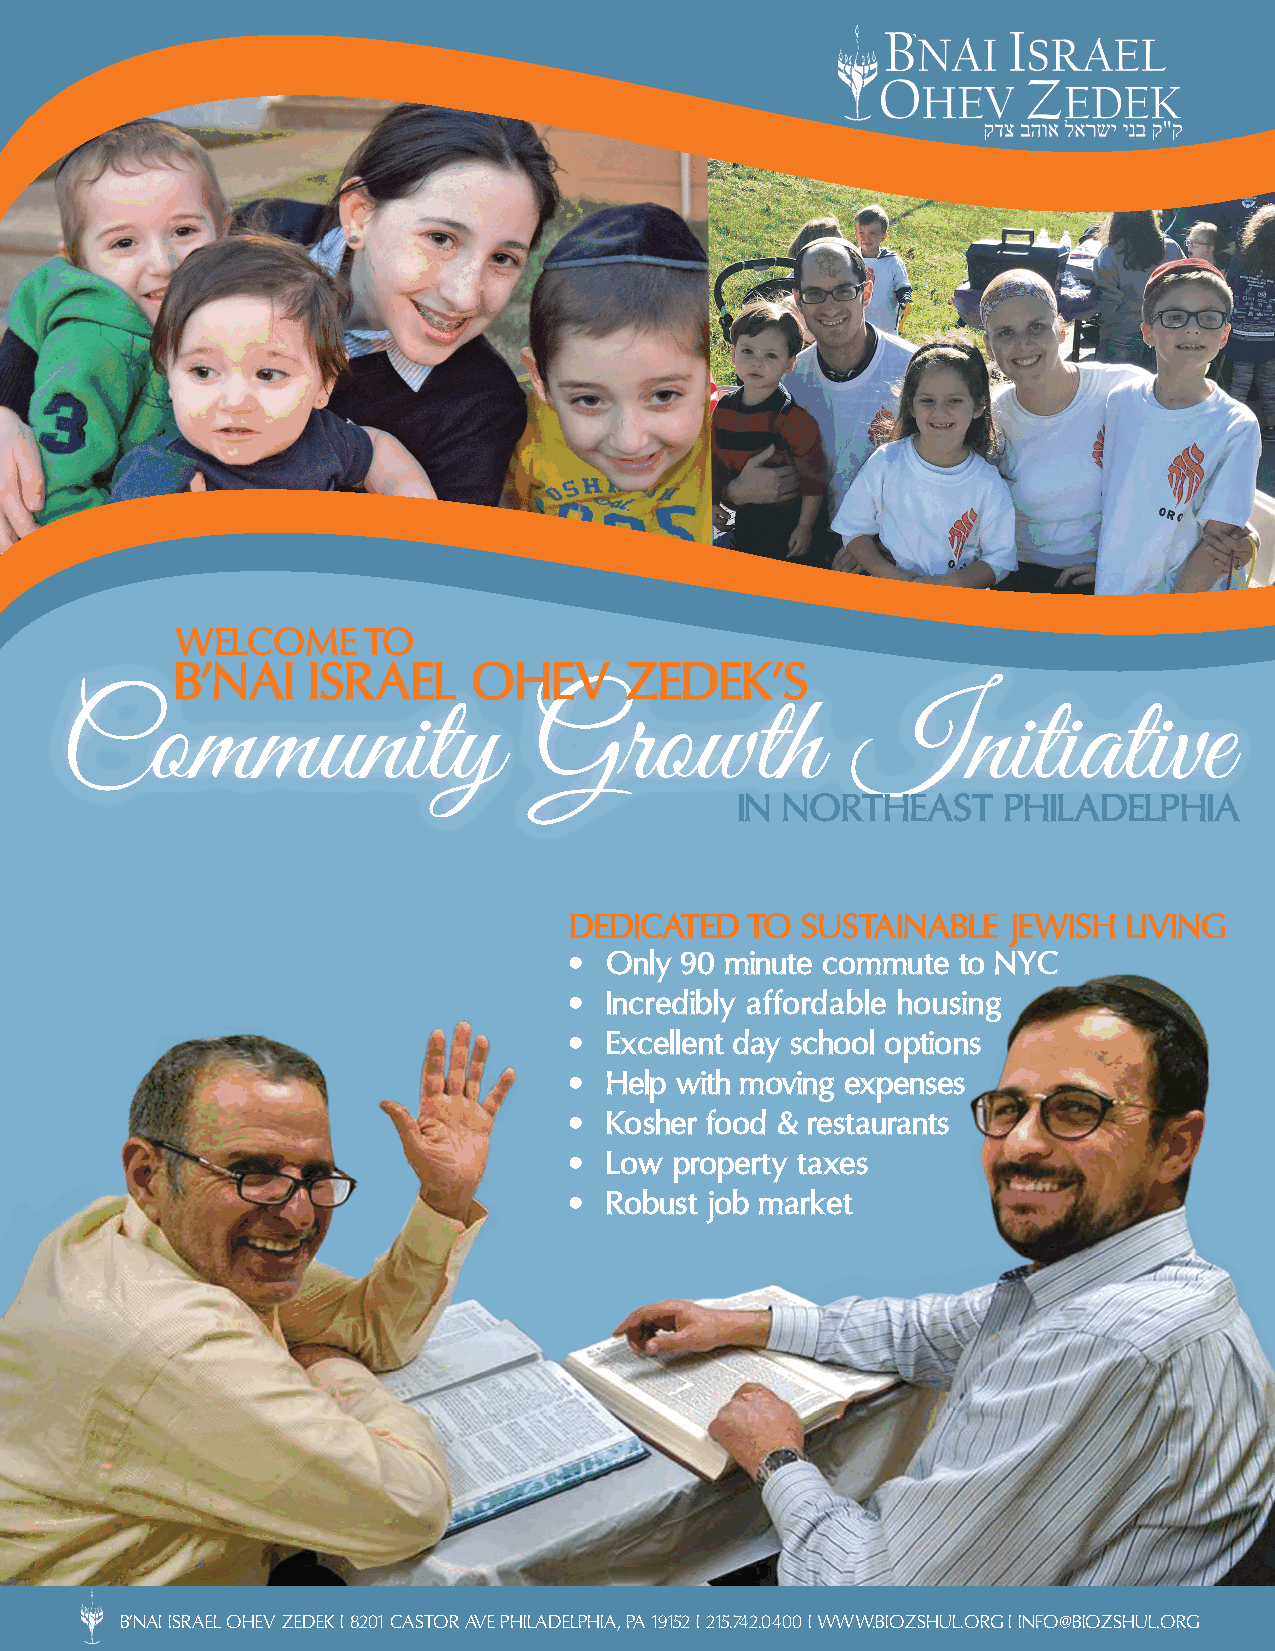
WELCOME     TO
 B’NAI   ISRAEL     OHEV      ZEDEK’S
 Community                      Growth                Initiative
 IN NORTHEAST     PHILADELPHIA
 DEDICATED  TO  SUSTAINABLE   JEWISH  LIVING
 • Only 90 minute commute to NYC
 • Incredibly affordable housing
 • Excellent day school options
 • Help with moving expenses
 • Kosher food & restaurants
 • Low  property taxes
 • Robust job market
 B’NAI ISRAEL OHEV ZEDEK I 8201 CASTOR AVE PHILADELPHIA, PA 19152 I 215.742.0400 I WWW.BIOZSHUL.ORG I INFO@BIOZSHUL.ORG